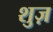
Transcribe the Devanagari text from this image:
शुज़